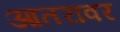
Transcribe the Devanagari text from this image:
आतरावर